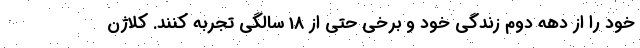
خود را از دهه دوم زندگی خود و برخی حتی از 18 سالگی تجربه کنند. کلاژن